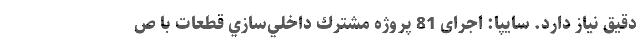
دقیق نیاز دارد. سایپا: اجرای 81 پروژه مشترك داخلي‌سازي قطعات با ص